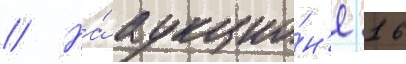
// На́ аукцио́н'е 16